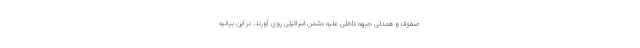
صفوف و همدلی جبهه داخلی علیه دشمن اسرائیلی روی آورند. در این بیانیه